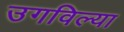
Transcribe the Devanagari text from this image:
उगविल्या